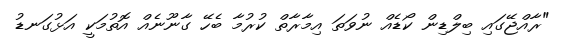
"ރާއްޖޭގައި ބިލްޑިން ކޯޑެއް ނުވަތަ އިމާރާތް ކުރުމާ ބެހޭ ގާނޫނެއް އޮތުމަކީ އަޅުގަނޑު